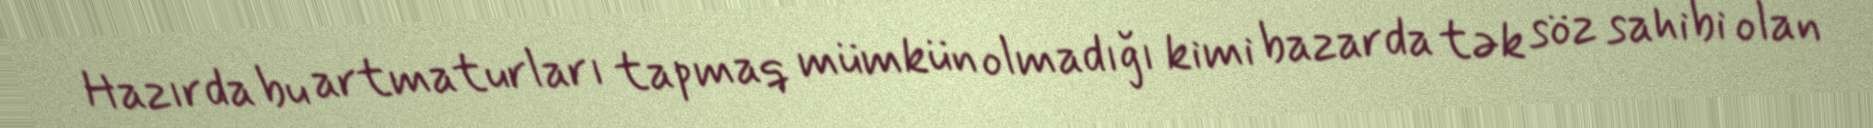
Hazırda bu artmaturları tapmaq mümkün olmadığı kimi bazarda tək söz sahibi olan